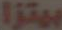
بيتزا